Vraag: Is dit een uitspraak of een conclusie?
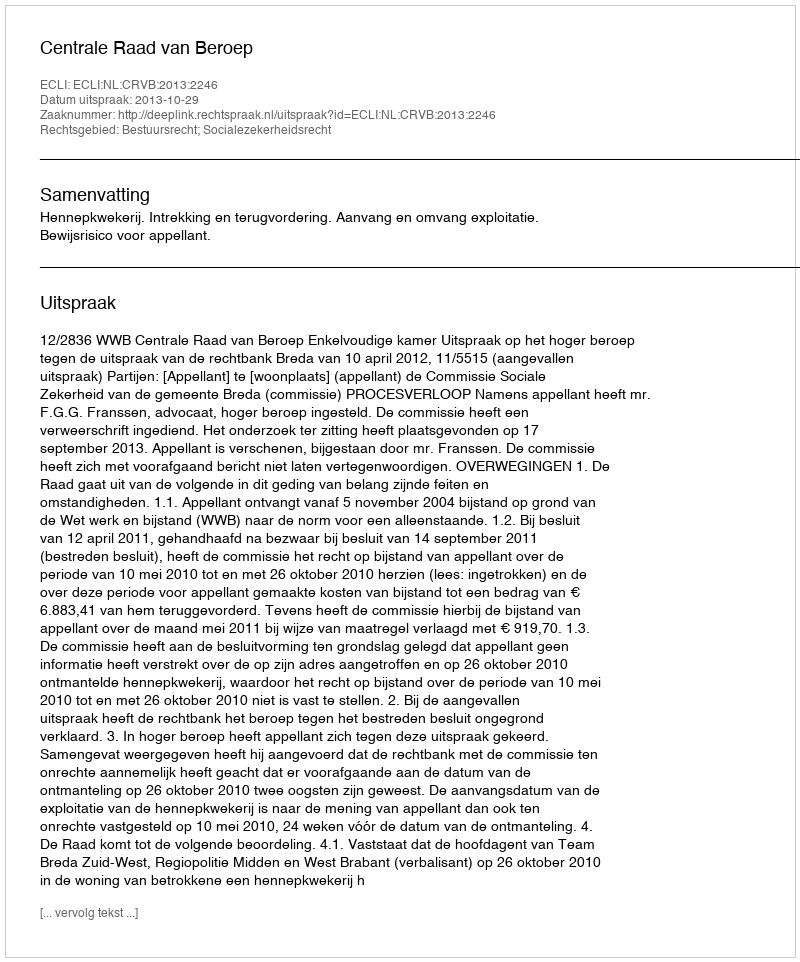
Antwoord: Uitspraak